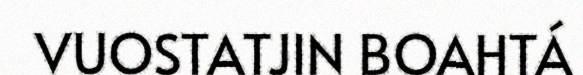
VUOSTATJIN BOAHTÁ